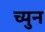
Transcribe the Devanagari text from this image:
च्युन